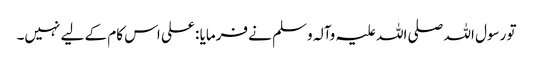
تو رسول اللہ صلی اللہ علیہ وآلہ وسلم نے فرمایا : علی اس کام کے لیے نہیں۔